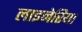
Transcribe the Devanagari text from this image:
लाइनेरिया